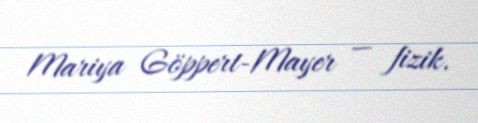
Mariya Göppert-Mayer — fizik.